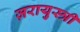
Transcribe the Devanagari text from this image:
ज़रायुस्त्री